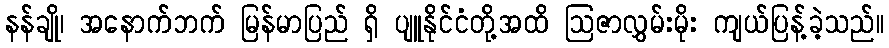
နန်ချို၊ အနောက်ဘက် မြန်မာပြည် ရှိ ပျူနိုင်ငံတို့အထိ ဩဇာလွှမ်းမိုး ကျယ်ပြန့်ခဲ့သည်။